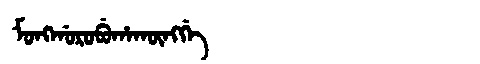
Manchu: ᠮᠣᠩᡤᠣᡵᠣᠪᡠᡥᠠᡴᡡᠩᡤᡝ
Romanization: MONGGOROBUHAKŪNGGE